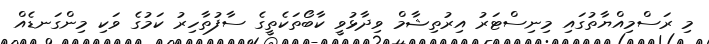
މި ރަސްމިއްޔާތުގައި މިނިސްޓަރު އިރުތިޝާމް ވިދާޅުވީ ކާބޯތަކެތީގެ ސާފުތާހިރު ކަމުގެ ވަކި މިންގަނޑެއް